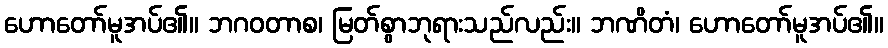
ဟောတော်မူအပ်၏။ ဘဂဝတာစ၊ မြတ်စွာဘုရားသည်လည်း။ ဘဏိတံ၊ ဟောတော်မူအပ်၏။